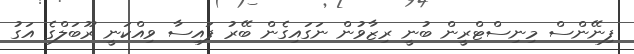
ފިނޭންސް މިނިސްޓްރީން ބުނީ ރިޒާވުން ނަގައިގެން ބޭރު ފައިސާ ވިއްކަނީ ރޫބަލްގެ އަގު